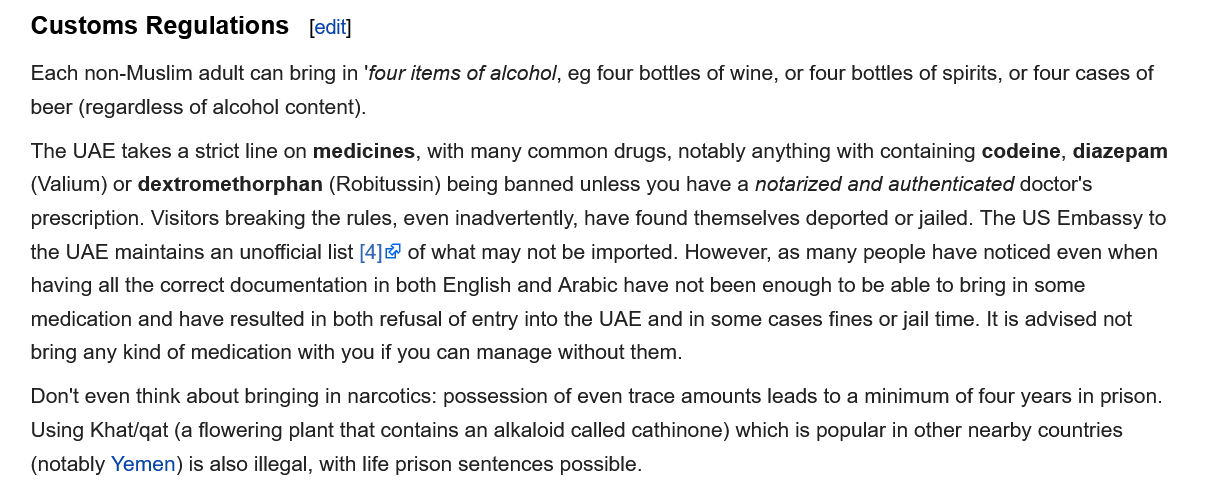
Customs    Regulations
   Each  non-Muslim adult can bring in ‘four items of alcohol, eg four bottles of wine, or four bottles of spirits, or four cases of
   beer (regardless of alcohol content).
   The UAE takes a strict line on medicines, with many common drugs, notably anything with containing codeine, diazepam
   (Valium) or dextromethorphan (Robitussin) being banned unless you have a notarized and authenticated doctor's
   prescription. Visitors breaking the rules, even inadvertently, have found themselves deported or jailed. The US Embassy to
   the UAE maintains an unofficial list [4] of what may not be imported. However, as many people have noticed even when
   having all the correct documentation in both English and Arabic have not been enough to be able to bring in some
   medication and have resulted in both refusal of entry into the UAE and in some cases fines or jail time. It is advised not
   bring any kind of medication with you if you can manage without them.
   Don't even think about bringing in narcotics: possession of even trace amounts leads to a minimum of four years in prison
   Using Khat/qat (a flowering plant that contains an alkaloid called cathinone) which is popular in other nearby countries
   (notably Yemen) is also illegal, with life prison sentences possible.